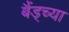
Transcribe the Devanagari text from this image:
बैंड्च्या